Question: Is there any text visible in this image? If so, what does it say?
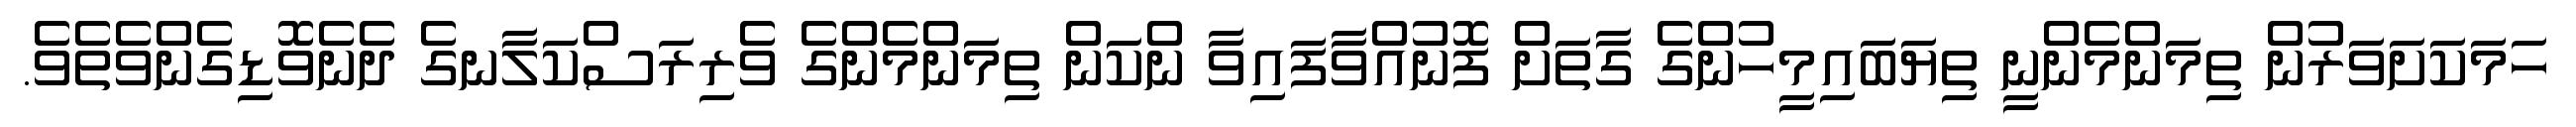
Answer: ހަމަކަށަވަރުން ތިމަންމެންނީ ތިޔަބައިމީހުންގެ ގާތަށް ފޮނުއްވާފައިވާ ންކަން ތިމަންމެންގެ ވެރިރަސްކަލާނގެ ދެނެވޮޑިގެންވެތެވެ.